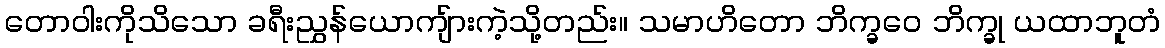
တောဝါးကိုသိသော ခရီးညွှန်ယောကျ်ားကဲ့သို့တည်း။ သမာဟိတော ဘိက္ခဝေ ဘိက္ခု ယထာဘူတံ